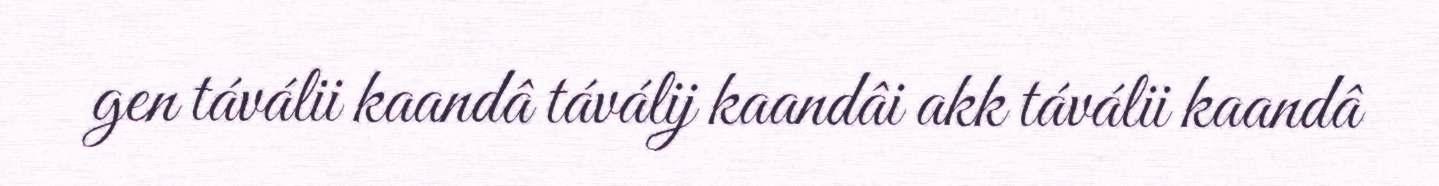
gen táválii kaandâ táválij kaandâi akk táválii kaandâ